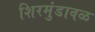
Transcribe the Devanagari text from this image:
शिरमुंडावळ